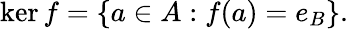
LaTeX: \ker f=\{ a\in A:f(a)=e_{B}\} {\mathrm{.}}